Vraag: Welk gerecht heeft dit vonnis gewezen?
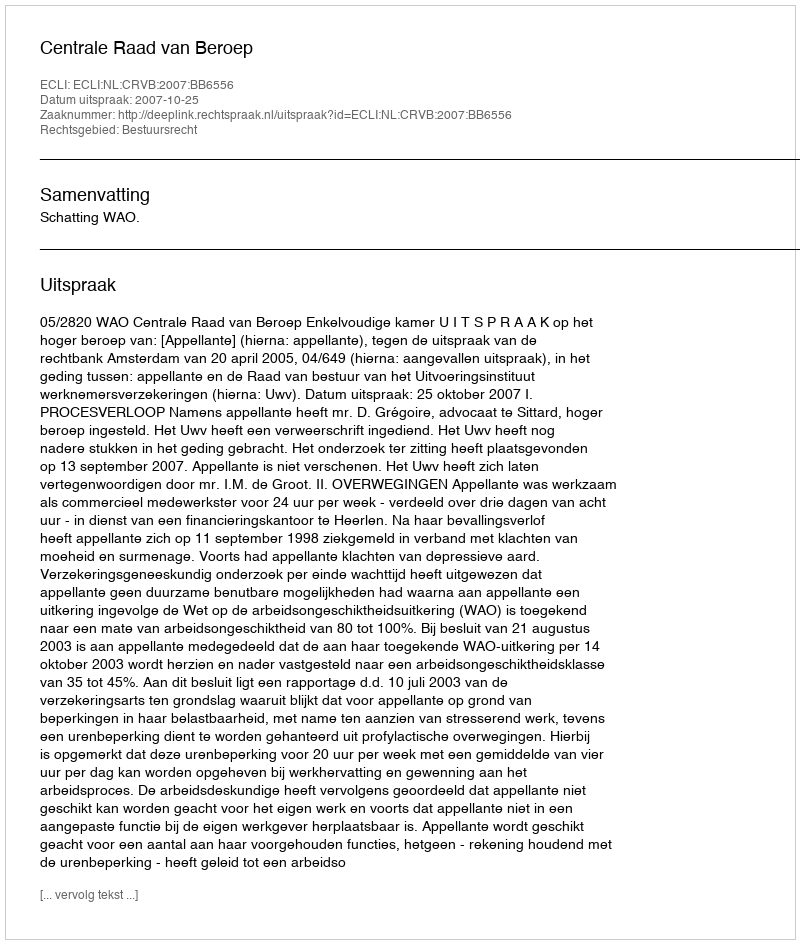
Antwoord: Centrale Raad van Beroep